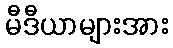
မီဒီယာများအား